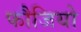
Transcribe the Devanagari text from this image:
फौजियो